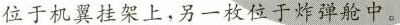
位于机翼挂架上，另一枚位于炸弹舱中。